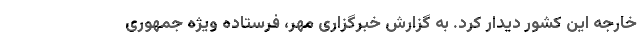
خارجه این کشور دیدار کرد. به گزارش خبرگزاری مهر، فرستاده ویژه جمهوری